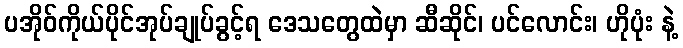
ပအိုဝ်ကိုယ်ပိုင်အုပ်ချုပ်ခွင့်ရ ဒေသတွေထဲမှာ ဆီဆိုင်၊ ပင်လောင်း၊ ဟိုပုံး နဲ့